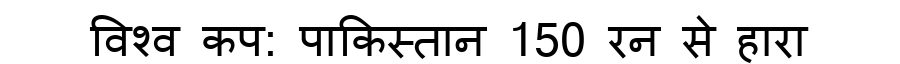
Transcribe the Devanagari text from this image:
विश्व कप: पाकिस्तान 150 रन से हारा